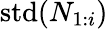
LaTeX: \mathrm{std}(N_{1:i})